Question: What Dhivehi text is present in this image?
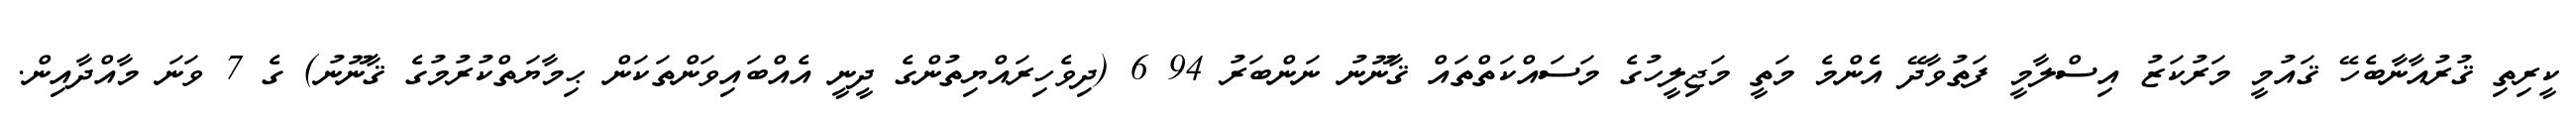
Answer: ކީރިތި ޤުރުއާނާބެހޭ ޤައުމީ މަރުކަޒު އިސްލާމީ ފަތުވާދޭ އެންމެ މަތީ މަޖިލީހުގެ މަސައްކަތްތައް ޤާނޫނު ނަންބަރު 94 6 (ދިވެހިރައްޔިތުންގެ ދީނީ އެއްބައިވަންތަކަން ޙިމާޔަތްކުރުމުގެ ޤާނޫނު) ގެ 7 ވަނަ މާއްދާއިން.